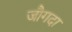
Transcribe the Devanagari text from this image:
जौगदा